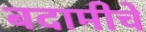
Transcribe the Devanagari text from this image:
बदामीचे